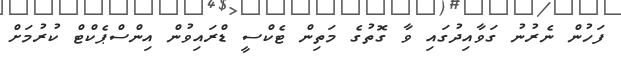
ފަހުން ނެރުނު ގަވާއިދުގައި ވާ ގޮތުގެ މަތިން ޓެކްސީ ޑްރައިވުން އިންސްޕެކްޓް ކުރުމަށް